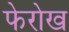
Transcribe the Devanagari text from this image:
फेरोख